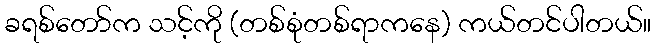
ခရစ်တော်က သင့်ကို (တစ်စုံတစ်ရာကနေ) ကယ်တင်ပါတယ်။